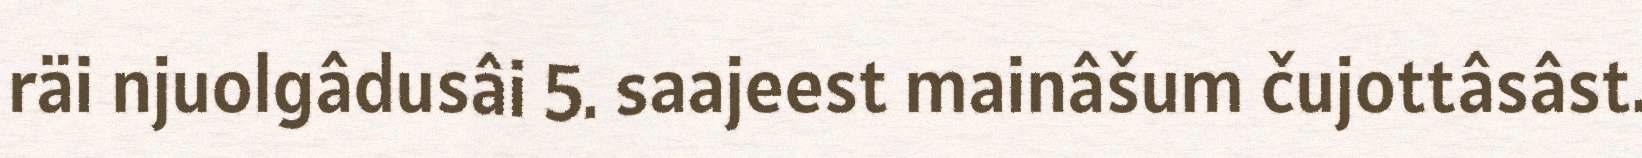
räi njuolgâdusâi 5. saajeest mainâšum čujottâsâst.